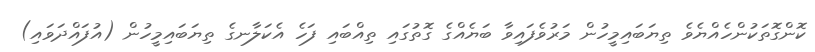
ކޮންގޮތަކުންހެއްޔެވެ ތިޔަބައިމީހުން މަރުވެފައިވާ ބަޔެއްގެ ގޮތުގައި ތިއްބައި ފަހެ އެކަލާނގެ ތިޔަބައިމީހުން (އުފައްދަވައި)